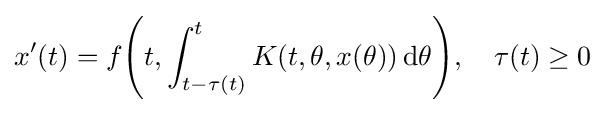
x'(t)=f{\Biggl (}t,\int _{t-\tau (t)}^{t}K(t,\theta ,x(\theta ))\,\mathrm {d} \theta {\Biggr )},\quad \tau (t)\geq 0